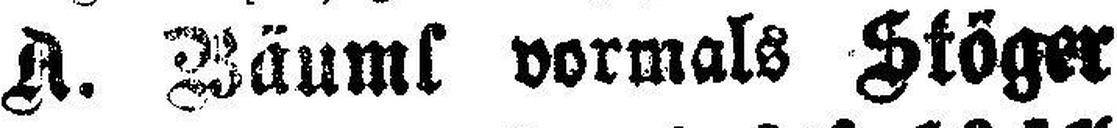
A. Zäums vormals Stöger